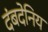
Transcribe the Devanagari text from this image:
दंबदेनिय